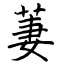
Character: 萋